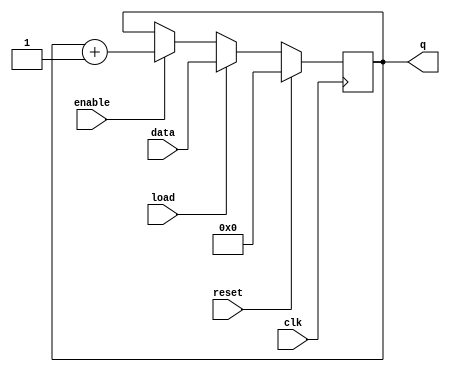
`timescale 1ns / 1ps
//////////////////////////////////////////////////////////////////////////////////
// Company: 
// Engineer: 
// 
// Design Name: 
// Module Name:    program_counter 
// Project Name: 
// Target Devices: 
// Tool versions: 
// Description: 
//
// Dependencies: 
//
// Revision: 
// Revision 0.01 - File Created
// Additional Comments: 
//
//////////////////////////////////////////////////////////////////////////////////
module program_counter(clk, enable, reset, load, data, q);
input clk, enable, reset, load;
input [3:0] data;
output [3:0] q;
reg [3:0] q;
always@(posedge clk) begin
if(reset)
q <= 0;
else if(load)
q <= data;
else if(enable)
q <= q+1;
end
endmodule